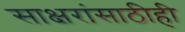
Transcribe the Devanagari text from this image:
साक्षरांसाठीही